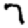
Digit: 7